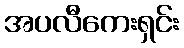
အပလီကေးရှင်း